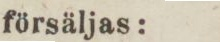
försäljas: